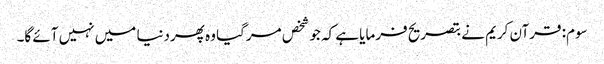
سوم: قرآن کریم نے بتصریح فرمایا ہے کہ جو شخص مرگیا وہ پھردنیا میں نہیں آئے گا۔